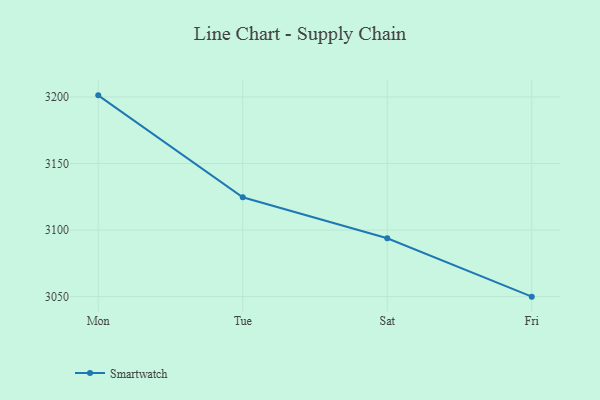
{"axis": {"x": "Day", "y": "Gross Profit (USD K)"}, "legend": ["Smartwatch"], "data": [{"x": "Mon", "y": 3201.2, "type": "Smartwatch"}, {"x": "Tue", "y": 3124.6, "type": "Smartwatch"}, {"x": "Sat", "y": 3093.9, "type": "Smartwatch"}, {"x": "Fri", "y": 3050.0, "type": "Smartwatch"}]}